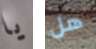
يا هل